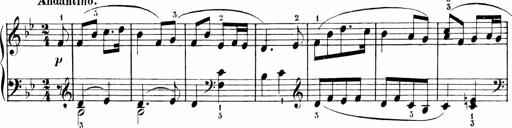
Title: 6 Liedersonatinen
Composer: Carl Reinecke